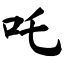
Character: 吒